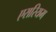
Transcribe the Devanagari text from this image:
एरारियम